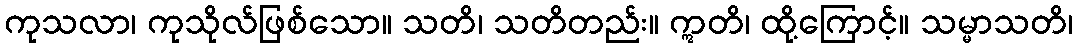
ကုသလာ၊ ကုသိုလ်ဖြစ်သော။ သတိ၊ သတိတည်း။ ဣတိ၊ ထို့ကြောင့်။ သမ္မာသတိ၊